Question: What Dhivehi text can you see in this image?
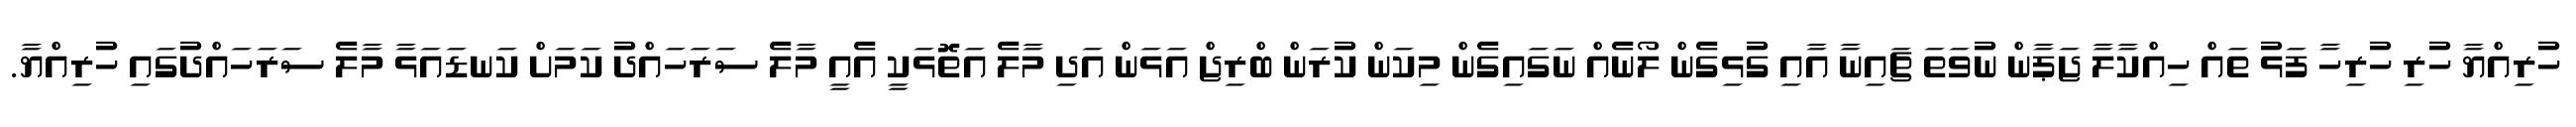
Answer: ހުރިއްޔާ ހުރި ހުރިހާ ފަޅު ތައް ހިއްކާލާ ޖަޕާން ނުވަތަ ޗައިނާ އާއި ގުޅިގެން ލޯނެއް ނަގައިގެން މިކަން ކުރަން ބްރިޖް އަޅަން އަދި މާލެ އަތޮޅަކީ އެއީ މާލެ ސަރަހައްދު ކަމަށް ކަނޑައަޅާ މާލެ ސަރަހައްދުގައި ހުރިއްޔާ.